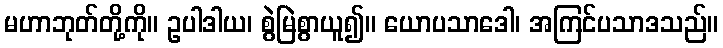
မဟာဘုတ်တို့ကို။ ဥပါဒါယ၊ စွဲမြဲစွာယူ၍။ ယောပသာဒေါ၊ အကြင်ပသာဒသည်။